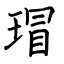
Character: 瑁